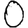
Digit: 0